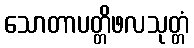
သောတာပတ္တိဖလသုတ္တံ